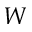
W